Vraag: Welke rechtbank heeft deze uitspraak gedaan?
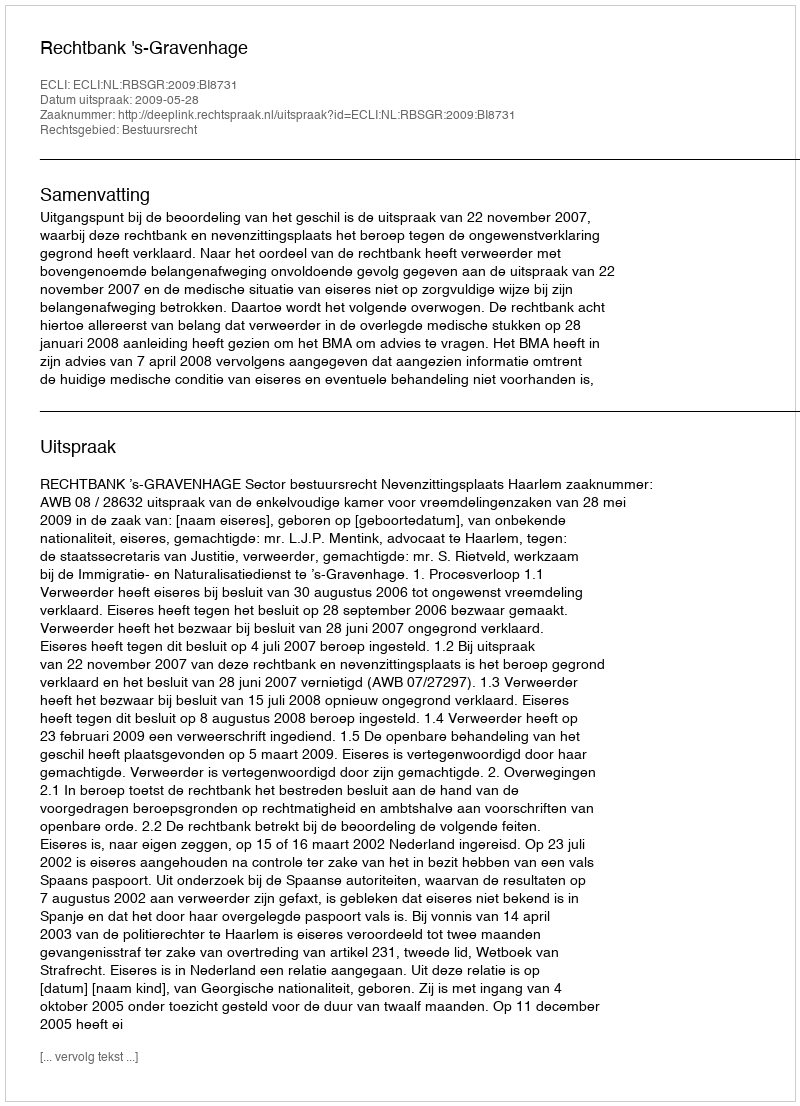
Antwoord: Rechtbank 's-Gravenhage